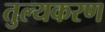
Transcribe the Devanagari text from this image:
तुल्यकरण